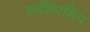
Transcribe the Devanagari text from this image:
स्पाँशरशिप